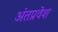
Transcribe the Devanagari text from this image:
अंतप्रवेश